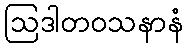
ဩဒါတဝသနာနံ